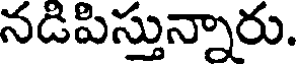
నడిపిస్తున్నారు.